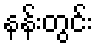
နန်းတွင်း